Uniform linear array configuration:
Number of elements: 16
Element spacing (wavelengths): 0.25
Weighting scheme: binomial
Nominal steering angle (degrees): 0
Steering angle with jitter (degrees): -1.415
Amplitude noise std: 0.05
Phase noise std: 0.05

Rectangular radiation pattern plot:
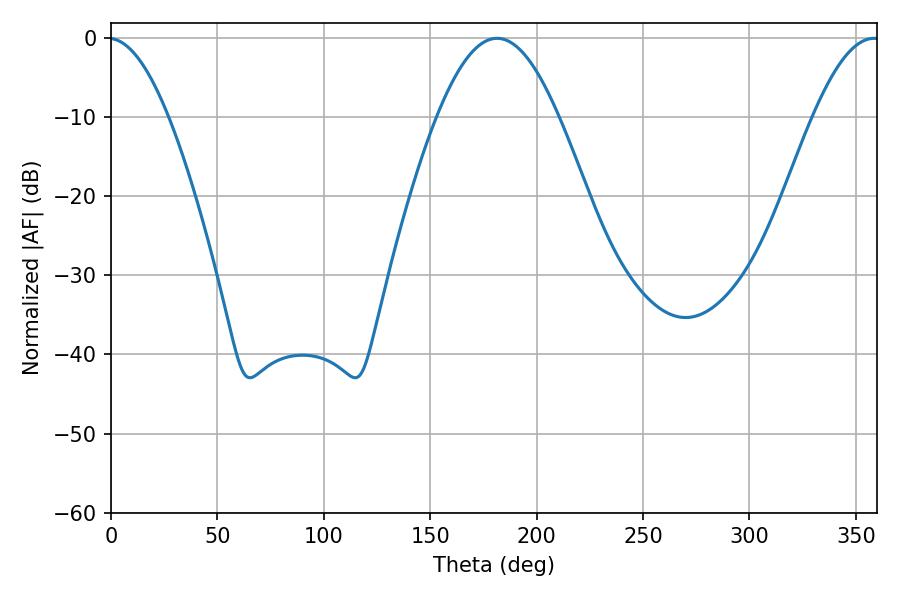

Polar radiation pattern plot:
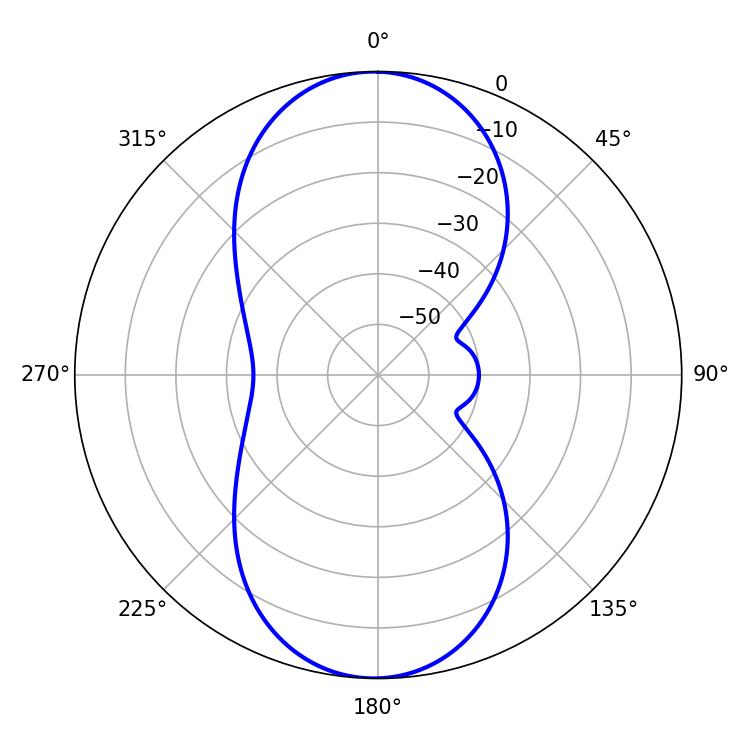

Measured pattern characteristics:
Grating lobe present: FALSE
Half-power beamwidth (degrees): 30.96
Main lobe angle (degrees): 181.44